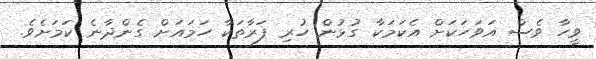
ވީހާ ވެސް އަވަހަކަށް އެކަމަކާ ގުޅުން ހުރި ފަރާތަކާ ހަމައަށް ގެންދާނެ ކަމަށެވެ.